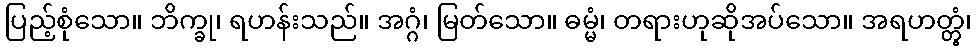
ပြည့်စုံသော။ ဘိက္ခု၊ ရဟန်းသည်။ အဂ္ဂံ၊ မြတ်သော။ ဓမ္မံ၊ တရားဟုဆိုအပ်သော။ အရဟတ္တွံ၊